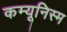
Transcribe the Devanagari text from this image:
कम्यूनिस्म